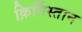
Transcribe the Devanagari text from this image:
क़िर्गिस्तान